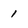
Character: 1